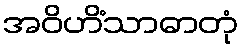
အဝိဟိံသာဓာတုံ